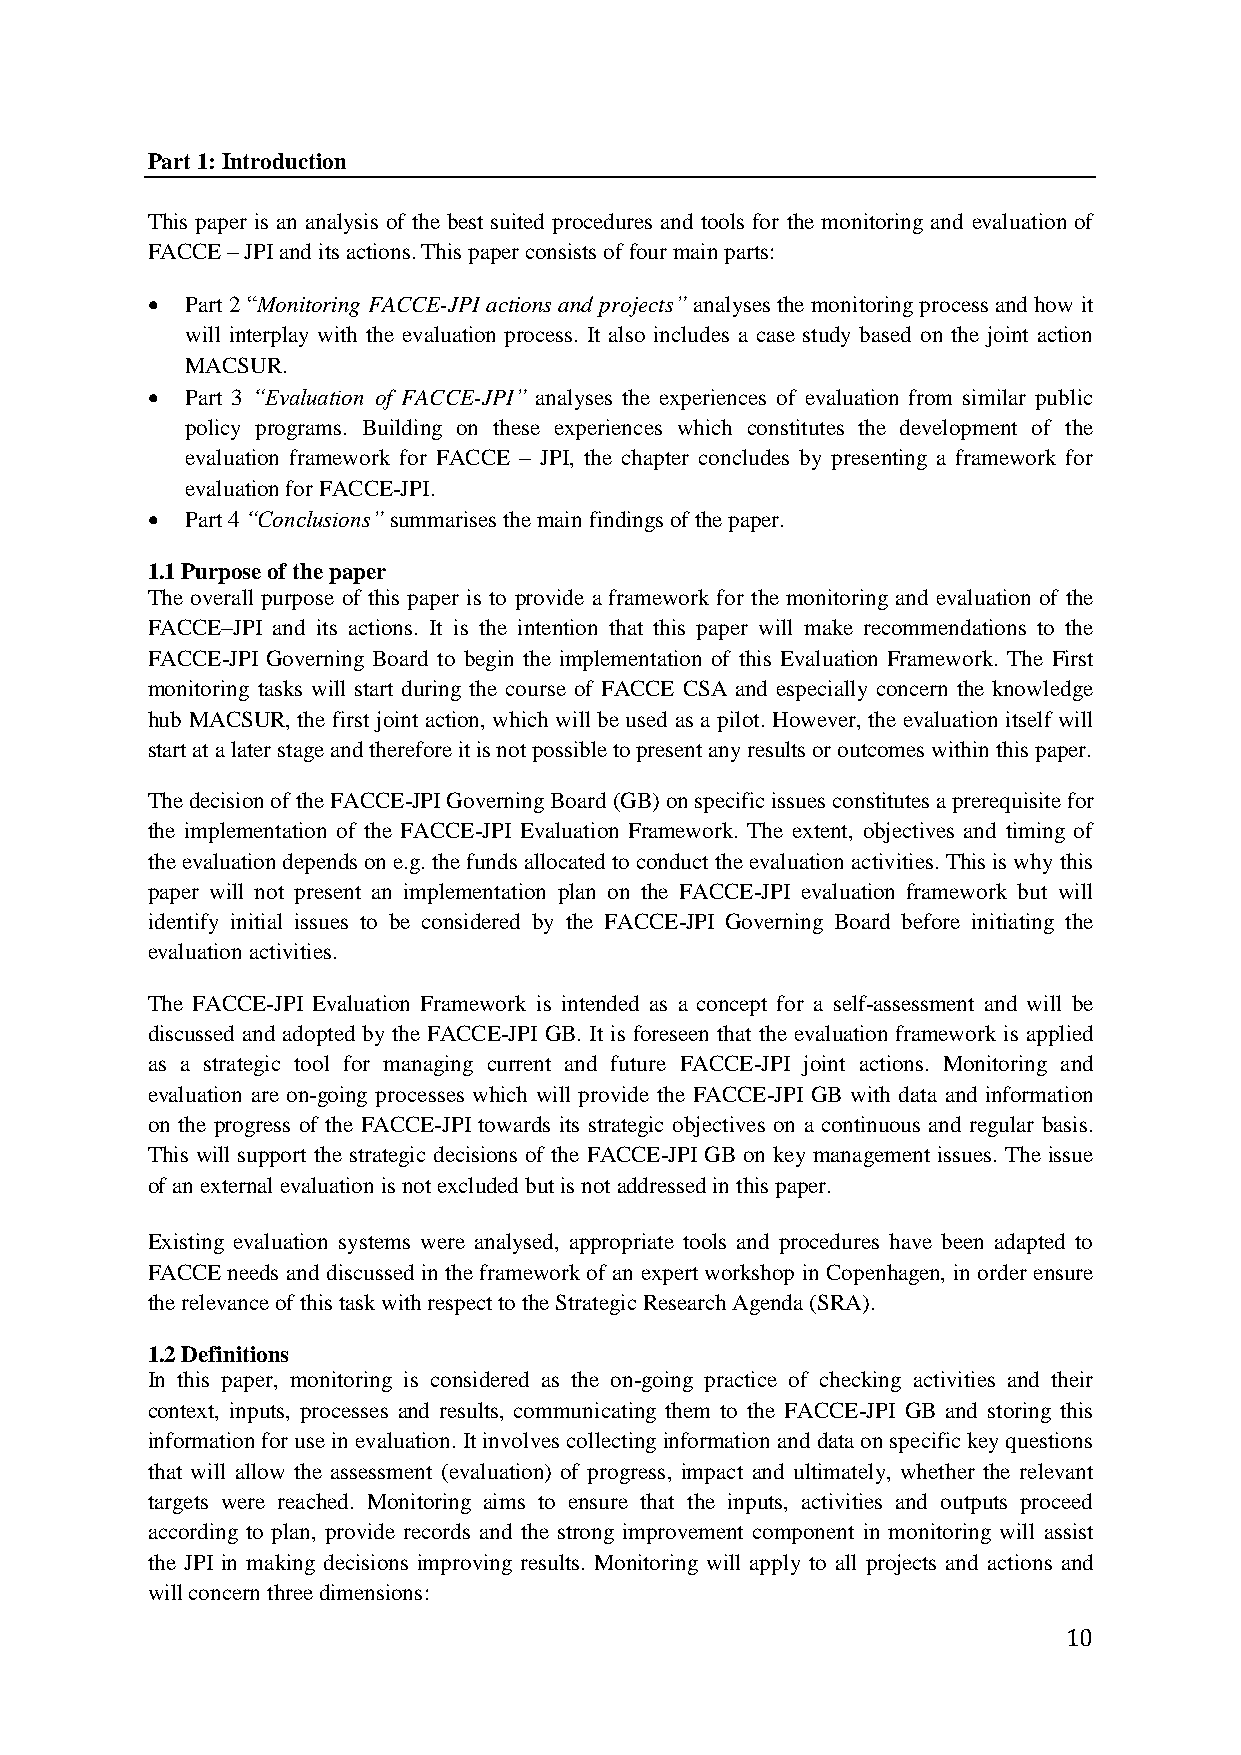
Part 1: Introduction
 This paper is an analysis of the best suited procedures and tools for the monitoring and evaluation of
 FACCE – JPI and its actions. This paper consists of four main parts:
  Part 2 “Monitoring FACCE-JPI actions and projects” analyses the monitoring process and how it
 will interplay with the evaluation process. It also includes a case study based on the joint action
 MACSUR.
  Part 3 “Evaluation of FACCE-JPI” analyses the experiences of evaluation from similar public
 policy programs. Building on these experiences which constitutes the development of the
 evaluation framework for FACCE – JPI, the chapter concludes by presenting a framework for
 evaluation for FACCE-JPI.
  Part 4 “Conclusions” summarises the main findings of the paper.
 1.1 Purpose of the paper
 The overall purpose of this paper is to provide a framework for the monitoring and evaluation of the
 FACCE–JPI and its actions. It is the intention that this paper will make recommendations to the
 FACCE-JPI Governing Board to begin the implementation of this Evaluation Framework. The First
 monitoring tasks will start during the course of FACCE CSA and especially concern the knowledge
 hub MACSUR, the first joint action, which will be used as a pilot. However, the evaluation itself will
 start at a later stage and therefore it is not possible to present any results or outcomes within this paper.
 The decision of the FACCE-JPI Governing Board (GB) on specific issues constitutes a prerequisite for
 the implementation of the FACCE-JPI Evaluation Framework. The extent, objectives and timing of
 the evaluation depends on e.g. the funds allocated to conduct the evaluation activities. This is why this
 paper will not present an implementation plan on the FACCE-JPI evaluation framework but will
 identify initial issues to be considered by the FACCE-JPI Governing Board before initiating the
 evaluation activities.
 The FACCE-JPI Evaluation Framework is intended as a concept for a self-assessment and will be
 discussed and adopted by the FACCE-JPI GB. It is foreseen that the evaluation framework is applied
 as a strategic tool for managing current and future FACCE-JPI joint actions. Monitoring and
 evaluation are on-going processes which will provide the FACCE-JPI GB with data and information
 on the progress of the FACCE-JPI towards its strategic objectives on a continuous and regular basis.
 This will support the strategic decisions of the FACCE-JPI GB on key management issues. The issue
 of an external evaluation is not excluded but is not addressed in this paper.
 Existing evaluation systems were analysed, appropriate tools and procedures have been adapted to
 FACCE needs and discussed in the framework of an expert workshop in Copenhagen, in order ensure
 the relevance of this task with respect to the Strategic Research Agenda (SRA).
 1.2 Definitions
 In this paper, monitoring is considered as the on-going practice of checking activities and their
 context, inputs, processes and results, communicating them to the FACCE-JPI GB and storing this
 information for use in evaluation. It involves collecting information and data on specific key questions
 that will allow the assessment (evaluation) of progress, impact and ultimately, whether the relevant
 targets were reached. Monitoring aims to ensure that the inputs, activities and outputs proceed
 according to plan, provide records and the strong improvement component in monitoring will assist
 the JPI in making decisions improving results. Monitoring will apply to all projects and actions and
 will concern three dimensions:
 10